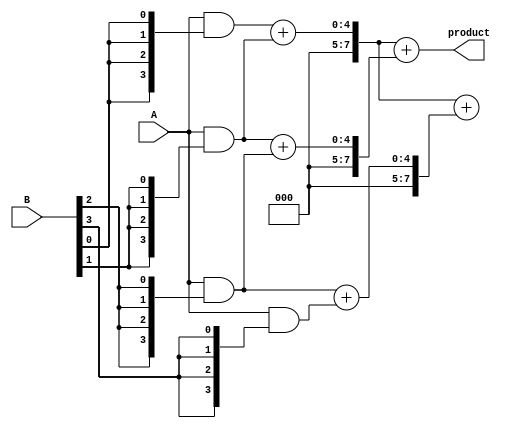
module DaddaMultiplier #(parameter n = 4) (
    input [n-1:0] A,
    input [n-1:0] B,
    output reg [2*n-1:0] product
);

// Intermediate signals for partial products
wire [n-1:0] pp [0:n-1]; // Partial products
wire [2*n-1:0] sum [0:n-1]; // Sums at each stage
wire [2*n-1:0] carry [0:n-1]; // Carries at each stage

// Generate partial products
genvar i, j;
generate
    for (i = 0; i < n; i = i + 1) begin : partial_product_gen
        assign pp[i] = A & {n{B[i]}};
    end
endgenerate

// Dadda reduction tree
// Stage 1: Reduce partial products using half and full adders
generate
    for (i = 0; i < n; i = i + 1) begin : reduction_stage_1
        if (i < n-1) begin
            // Full adders for odd indexed bits
            assign {carry[i], sum[i]} = pp[i] + pp[i+1];
        end else begin
            // Last partial product
            assign sum[i] = pp[i];
            assign carry[i] = 0;
        end
    end
endgenerate

// Stage 2: Further reduction
generate
    for (i = 0; i < n-1; i = i + 2) begin : reduction_stage_2
        if (i < n-2) begin
            assign {carry[i+1], sum[i+1]} = sum[i] + sum[i+2];
        end
    end
endgenerate

// Final stage: Sum the last two rows
always @(*) begin
    product = sum[0] + sum[1];
end

endmodule